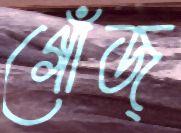
গোঁজ্‌